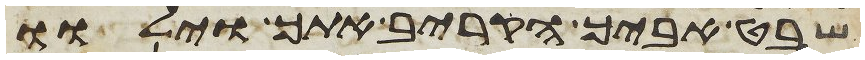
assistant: שבט אביך הקריב אתך וילוו